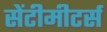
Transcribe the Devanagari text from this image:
सेंटीमीटर्स